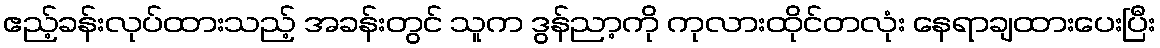
ဧည့်ခန်းလုပ်ထားသည့် အခန်းတွင် သူက ဒွန်ညာ့ကို ကုလားထိုင်တလုံး နေရာချထားပေးပြီး